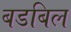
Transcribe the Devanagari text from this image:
बडबिल